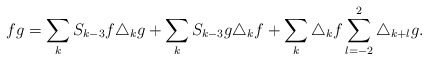
\begin{align*}fg=\sum_{k} S_{k-3}f\triangle_k g + \sum_{k}S_{k-3}g\triangle_k f+ \sum_{k}\triangle_k f\sum_{l=-2}^2 \triangle_{k+l} g.\end{align*}